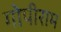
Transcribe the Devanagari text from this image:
गोपीराम